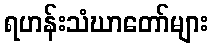
ရဟန်းသံဃာတော်များ